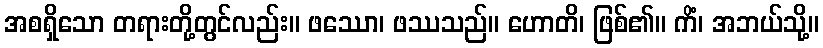
အစရှိသော တရားတို့တွင်လည်း။ ဖဿော၊ ဖဿသည်။ ဟောတိ၊ ဖြစ်၏။ ကိံ၊ အဘယ်သို့။